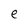
Character: e